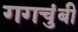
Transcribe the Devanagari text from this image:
गगचुंबी